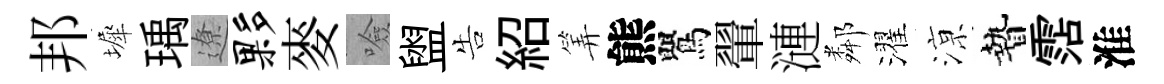
邦墀瑀遼夥麥噞盥告紹筭熊鸎翬漣鄰濯鿌贄霑淮